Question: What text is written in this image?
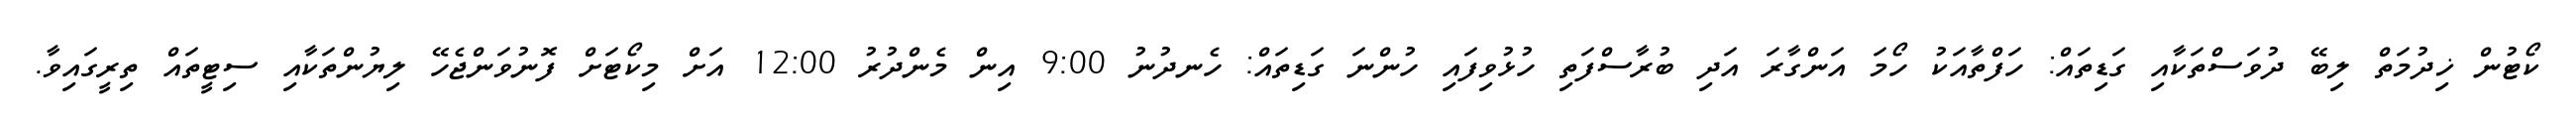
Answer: ކޯޓުން ޚިދުމަތް ލިބޭ ދުވަސްތަކާއި ގަޑިތައް: ހަފްތާއަކު ހޯމަ އަންގާރަ އަދި ބުރާސްފަތި ހުޅުވިފައި ހުންނަ ގަޑިތައް: ހެނދުނު 9:00 އިން މެންދުރު 12:00 އަށް މިކޯޓަށް ފޮނުވަންޖެހޭ ލިޔުންތަކާއި ސިޓީތައް ތިރީގައިވާ.